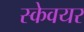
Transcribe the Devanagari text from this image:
स्केवयर